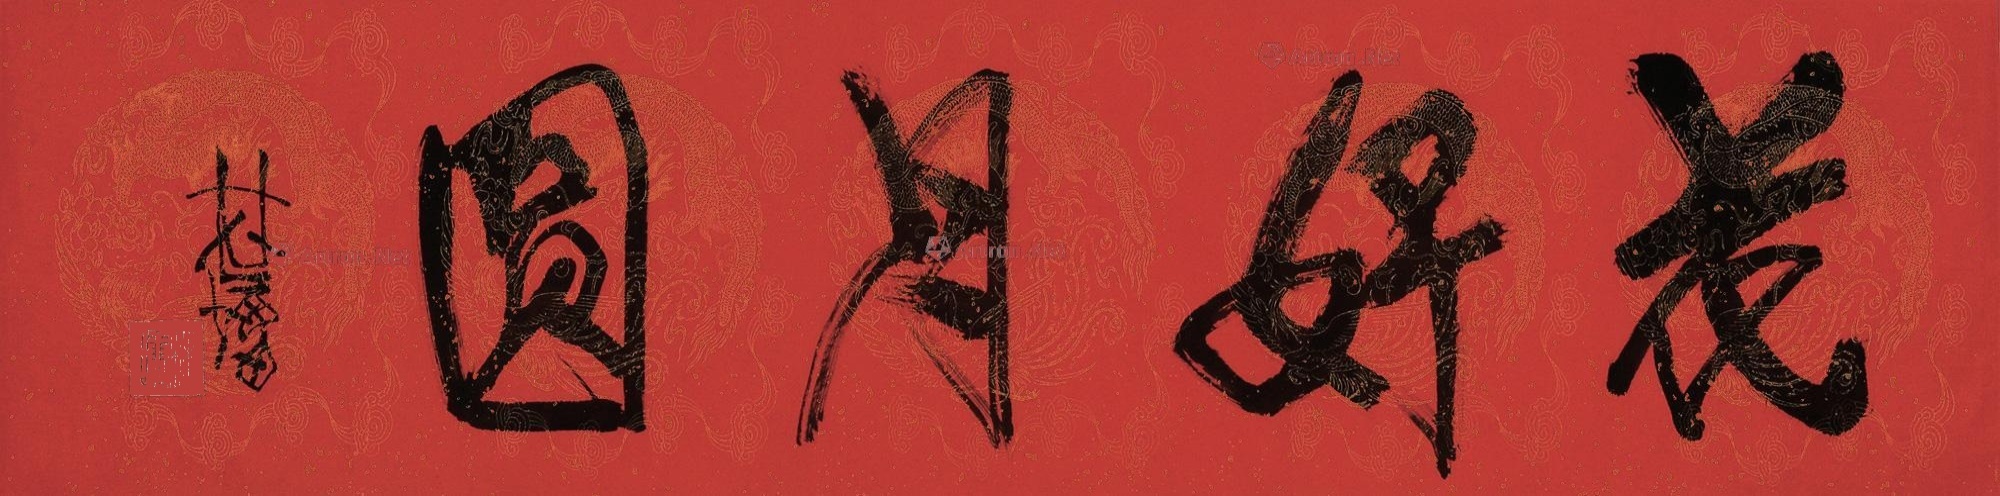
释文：花好月圆。林墉。